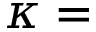
\kappa =